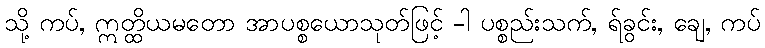
သို့ ကပ်, ဣတ္ထိယမတော အာပစ္စယောသုတ်ဖြင့် -ါ ပစ္စည်းသက်, ရ်ခွင်း, ချေ, ကပ်